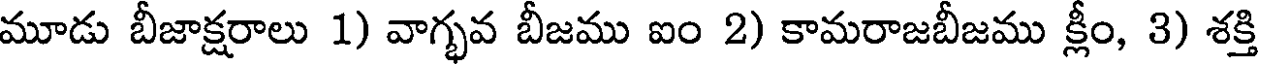
మూడు బీజాక్షరాలు 1) వాగ్భవ బీజము ఐం 2) కామరాజబీజము క్లీం, 3) శక్తి